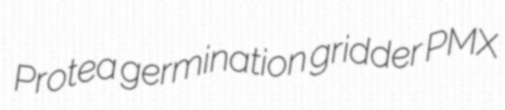
Protea germination gridder PMX